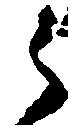
ら